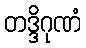
တဒ္ဒိဂုဏံ